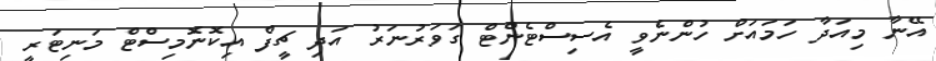
އޭނާ މިއަދާ ހަމައަށް ހުންނެވީ އެސިސްޓެންޓް ގަވަރުނަރު އަދި ޗީފް އިކޮނޮމިސްޓް މަނިޓަރީ